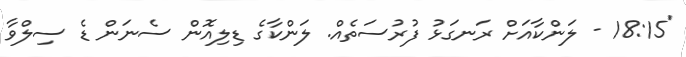
'18:15 - ލަންކާއަށް ރަނގަޅު ފުރުސަތެއް. ލަންކާގެ ޑިލިއޮން ސެނަން ޑެ ސިލްވާ